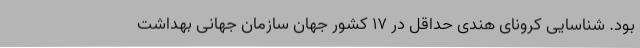
بود. شناسایی کرونای هندی حداقل در ۱۷ کشور جهان سازمان جهانی بهداشت